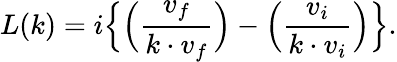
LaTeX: L(k)=i\Big\{ \Big({\frac{v_{f}}{k\cdot v_{f}}}\Big)-\Big({\frac{v_{i}}{k\cdot v_{i}}}\Big)\Big\} .